Lunatic asylums Central Provinces reports 1886-1894 - 1886-1894
Year: 1886
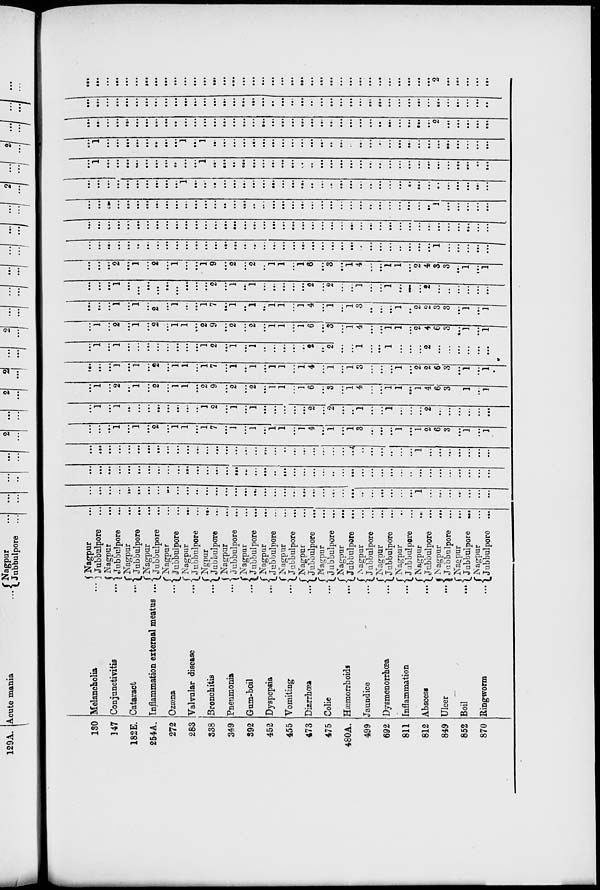
130
147
182E.
254A.
272
283
338
349
392
452
455
473
475
480A.
499
692
811
812
849
852
870
Melancholia ...
Conjunctivitis ...
Cataract ...
Inflammation external meatus ...
Ozæna
...
Valvular disease
...
Bronchitis ...
Pneumonia ...
Gum-boil ...
Dyspepsia ...
Vomiting ...
Diarrhœa
...
Colic
...
Hæmorrhoids
...
Jaundice
...
Dysmenorrhœa
...
Inflammation
...
Abscess
...
Ulcer
...
Boil
...
Ringworm
...
Nagpur ...
Jubbulpore ...
Nagpur ...
Jubbulpore ...
Nagpur ...
Jubbulpore ...
Nagpur ...
Jubbulpore ...
Nagpur ...
Jubbulpore ...
Nagpur ...
Jubbulpore ...
Nagpur ...
Jubbulpore ...
Nagpur ...
Jubbulpore ...
Nagpur ...
Jubbulpore ...
Nagpur ...
Jubbulpore ...
Nagpur ...
Jubbulpore ...
Nagpur ...
Jubbulpore ...
Nagpur ...
Jubbulpore ...
Nagpur ...
Jubbulpore ...
Nagpur ...
Jubbulpore ...
Nagpur ...
Jubbulpore ...
Nagpur ...
Jubbulpore ...
Nagpur ...
Jubbulpore ...
Nagpur ...
Jubbulpore ...
Nagpur ...
Jubbulpore ...
Nagpur ...
Jubbulpore ...
...
...
...
...
...
...
...
...
...
...
...
...
...
...
...
...
...
...
...
...
...
...
...
...
...
...
...
...
...
...
...
...
...
...
...
...
...
...
...
...
...
...
...
...
...
...
...
...
...
...
...
...
...
...
...
...
...
...
...
...
...
...
...
...
...
...
...
...
...
...
...
...
...
...
...
...
1
...
...
...
...
...
...
...
...
...
...
...
...
...
...
...
...
...
...
...
...
...
...
...
...
...
...
...
...
...
...
...
...
...
...
...
...
...
...
...
...
...
...
...
...
...
...
...
...
...
...
...
...
...
...
...
...
...
...
...
...
...
...
...
...
...
...
...
...
...
...
...
...
...
...
...
...
...
...
...
...
...
...
...
1
...
...
...
...
...
...
...
...
...
...
1
...
1
...
2
...
1
1
...
1
7
...
1
...
1
...
1
1
...
1
4
...
1
...
1
3
...
...
...
1
...
1
2
6
3
...
1
...
1
...
1
...
1
...
...
...
...
...
...
...
...
1
2
...
1
...
1
...
...
...
...
...
2
...
2
...
...
1
...
...
1
...
...
...
2
...
...
...
...
...
...
...
1
...
2
...
1
...
2
...
1
1
...
2
9
...
2
...
2
...
1
1
...
1
6
...
3
...
1
4
...
...
1
1
...
1
4
6
3
...
1
...
1
...
...
...
1
...
1
...
2
...
1
1
...
1
7
...
1
...
1
...
1
1
...
1
4
...
1
...
1
3
...
...
...
1
...
2
2
6
3
...
1
...
1
...
1
...
1
...
...
...
...
...
...
...
...
1
2
...
1
...
1
...
...
...
...
...
2
...
2
...
...
1
...
...
1
...
...
...
2
...
...
...
...
...
...
...
1
...
2
...
1
...
2
...
1
1
...
2
9
...
2
...
2
...
1
1
...
1
6
...
3
...
1
4
...
...
1
1
...
2
4
6
3
...
1
...
1
...
...
...
1
...
1
...
2
...
1
...
...
1
7
...
1
...
1
...
1
1
...
1
4
...
1
...
1
3
...
...
...
1
...
2
2
3
3
...
1
...
1
...
...
...
1
...
...
...
...
...
...
...
...
...
2
...
1
...
1
...
...
...
...
...
2
...
2
...
...
1
...
...
1
...
...
...
2
...
...
...
...
...
...
...
...
...
2
...
1
...
2
...
1
...
...
1
9
...
2
...
2
...
1
1
...
1
6
...
3
...
1
4
...
...
1
1
...
2
4
3
3
...
1
...
1
...
...
...
...
...
...
...
...
...
...
...
...
...
...
...
...
...
...
...
...
...
...
...
...
...
...
...
...
...
...
...
...
...
...
...
...
1
...
...
...
...
...
...
...
...
...
...
...
...
...
...
...
...
...
...
...
...
...
...
...
...
...
...
...
...
...
...
...
...
...
...
...
...
...
...
...
...
...
...
...
...
...
...
...
...
...
...
...
...
...
...
...
...
...
...
...
...
...
...
...
...
...
...
...
...
...
...
...
...
...
...
...
...
...
...
...
...
...
...
1
...
...
...
...
...
...
...
...
...
...
...
...
...
...
...
1
...
...
...
...
...
...
...
...
...
...
...
...
...
...
...
...
...
...
...
...
...
...
...
...
...
...
...
...
...
...
...
...
1
...
...
...
...
...
...
...
...
...
...
1
...
...
...
...
...
...
...
...
...
...
...
...
...
...
...
...
...
...
...
...
...
...
...
...
...
...
...
...
...
...
1
...
...
...
...
...
...
...
...
1
...
1
...
...
...
...
...
...
...
...
...
...
...
...
...
...
...
...
...
...
...
...
...
...
...
...
...
...
...
...
...
...
...
...
...
...
...
...
...
...
...
...
...
...
...
...
...
...
...
...
...
...
...
...
...
...
...
...
...
...
...
...
...
...
...
...
...
2
...
...
...
...
...
...
...
...
...
...
...
...
...
...
...
...
...
...
...
...
...
...
...
...
...
...
...
...
...
...
...
...
...
...
...
...
...
...
...
...
...
...
...
...
...
...
...
...
...
...
...
...
...
...
...
...
...
...
...
...
...
...
...
...
...
...
...
...
...
...
...
...
...
...
...
...
...
...
...
...
...
...
...
2
...
...
...
...
...